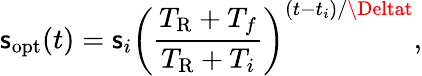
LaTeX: \mathsf{s}_{\mathrm{{opt}}}(t)=\mathsf{s}_{i}\left(\frac{{T_{\mathrm{{R}}}+T_{f}}}{{T_{\mathrm{{R}}}+T_{i}}}\right)^{(t-t_{i})/\Deltat},